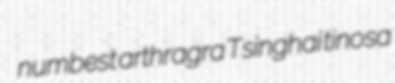
numbest arthragra Tsinghai tinosa